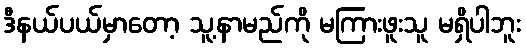
ဒီနယ်ပယ်မှာတော့ သူ့နာမည်ကို မကြားဖူးသူ မရှိပါဘူး